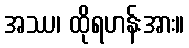
အဿ၊ ထိုရဟန်းအား။